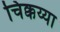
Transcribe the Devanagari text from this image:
चिक्कय्या